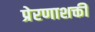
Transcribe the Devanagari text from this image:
प्रेरणाशक्ती